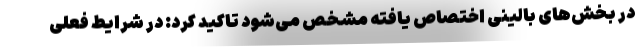
در بخش‌های بالینی اختصاص یافته مشخص می‌شود تاکید کرد: در شرایط فعلی